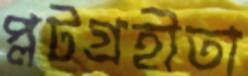
প্লটগ্রহীতা